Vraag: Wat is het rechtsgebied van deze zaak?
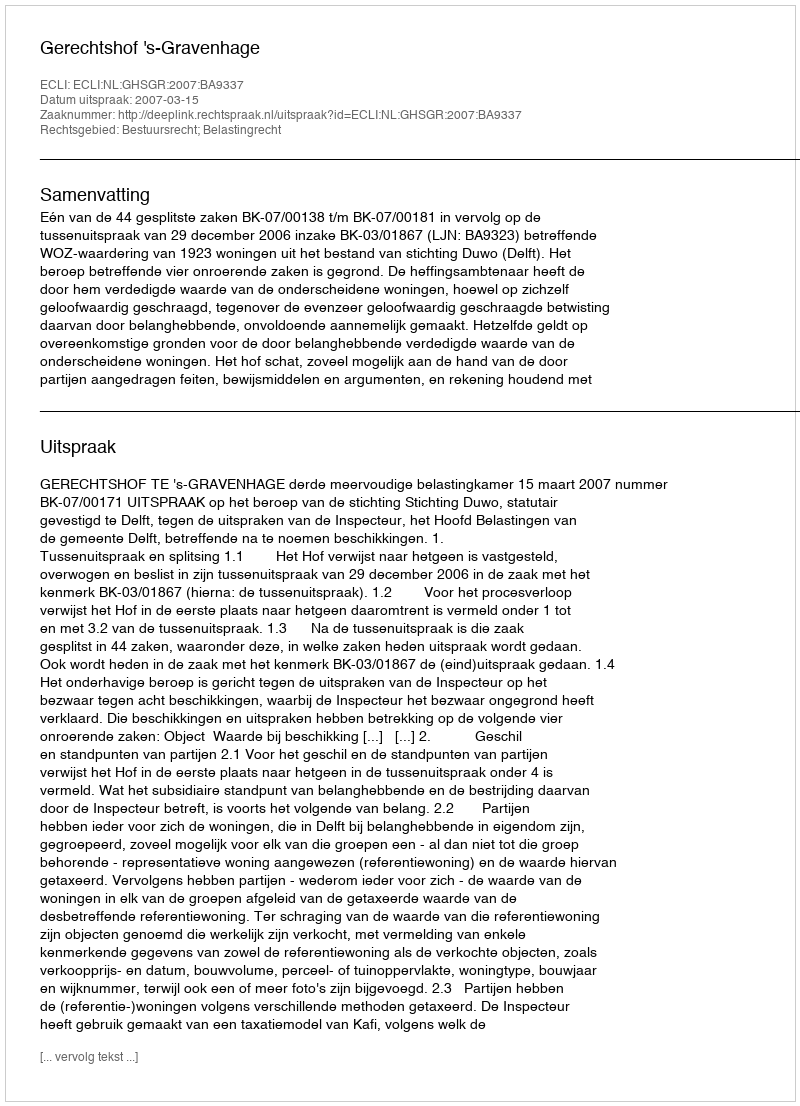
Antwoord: Bestuursrecht; Belastingrecht